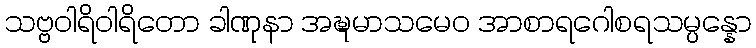
သဗ္ဗဝါရိဝါရိတော ခါဏုနာ အဍ္ဎမာသမေဝ အာစာရဂေါစရသမ္ပန္နော